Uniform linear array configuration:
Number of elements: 16
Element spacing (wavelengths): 1
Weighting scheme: hann
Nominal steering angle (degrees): -30
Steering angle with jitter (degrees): -31.198
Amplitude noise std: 0.05
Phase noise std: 0.05

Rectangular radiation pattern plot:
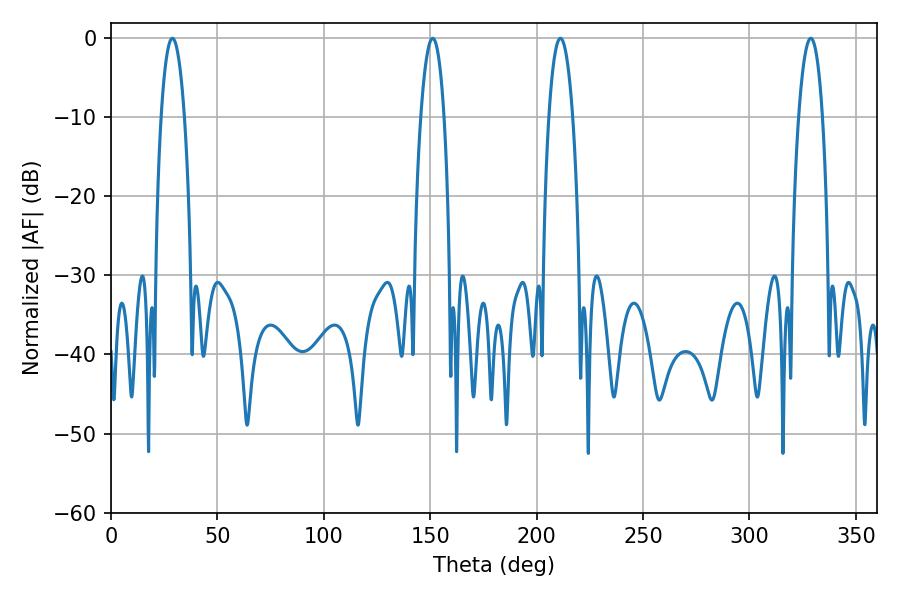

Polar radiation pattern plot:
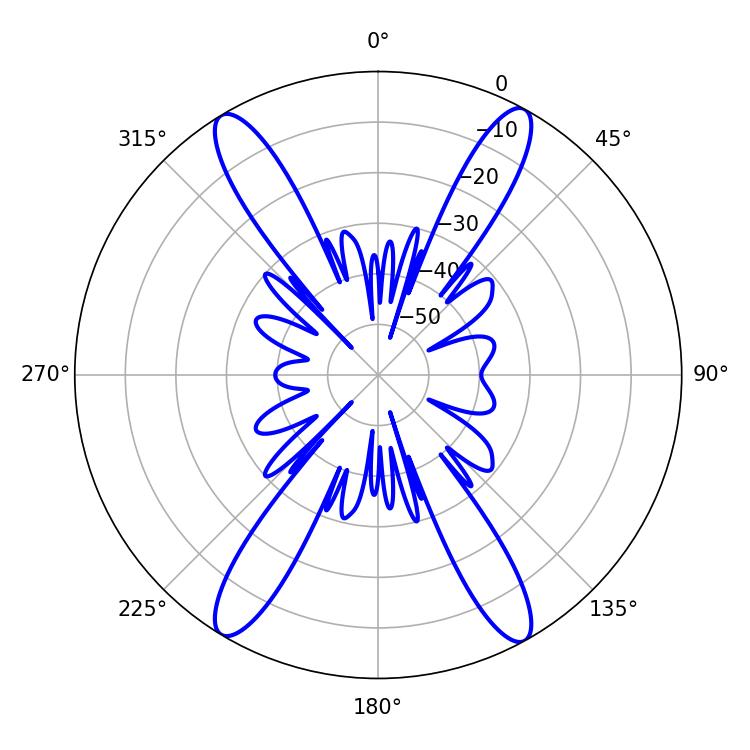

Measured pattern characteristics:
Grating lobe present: TRUE
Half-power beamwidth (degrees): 6.3
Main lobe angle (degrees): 211.14